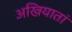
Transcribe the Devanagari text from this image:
अखियातां